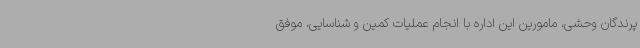
پرندگان وحشی، مامورین این اداره با انجام عملیات کمین و شناسایی، موفق